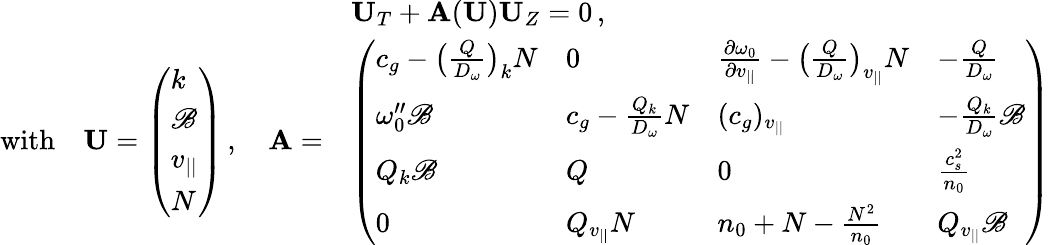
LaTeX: \begin{array}{rl}&{{\mathbf U}_{T}+{\mathbf A}({\mathbf U}){\mathbf U}_{Z}=0\, ,}\\ {\mathrm{with}\quad{\mathbf U}=\left(\begin{array}{l}{k}\\ {\mathscr{B}}\\ {v_{||}}\\ {N}\end{array}\right)\, ,\quad{\mathbf A}=}&{\left(\begin{array}{llll}{c_{g}-\big(\frac{Q}{D_{\omega}}\big)_{k}N}&{0}&{\frac{\partial\omega_{0}}{\partial v_{||}}-\big(\frac{Q}{D_{\omega}}\big)_{v_{||}}N}&{-\frac{Q}{D_{\omega}}}\\ {\omega_{0}^{\prime\prime}\mathscr{B}}&{c_{g}-\frac{Q_{k}}{D_{\omega}}N}&{(c_{g})_{v_{||}}}&{-\frac{Q_{k}}{D_{\omega}}\mathscr{B}}\\ {Q_{k}\mathscr{B}}&{Q}&{0}&{\frac{c_{s}^{2}}{n_{0}}}\\ {0}&{Q_{v_{||}}N}&{n_{0}+N-\frac{N^{2}}{n_{0}}}&{Q_{v_{||}}\mathscr{B}}\end{array}\right)}\end{array}